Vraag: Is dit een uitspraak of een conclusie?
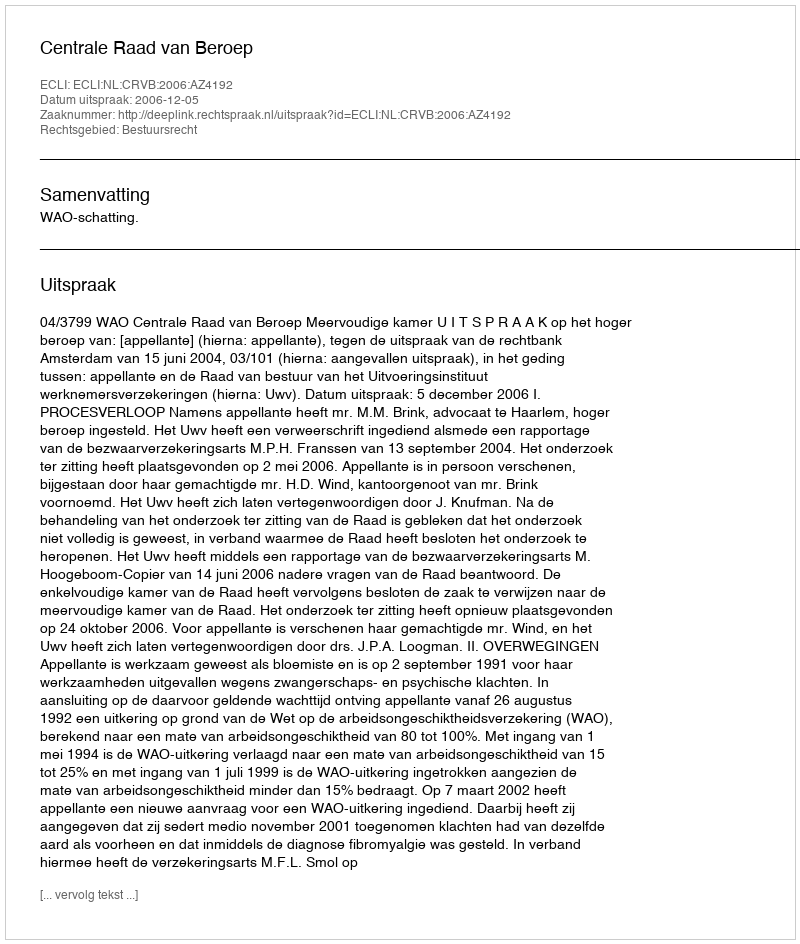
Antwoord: Uitspraak